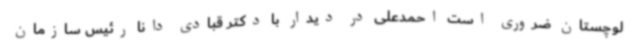
لوچستان ضروری است احمدعلی در دیدار با دکتر قبادی دانا رئیس سازمان